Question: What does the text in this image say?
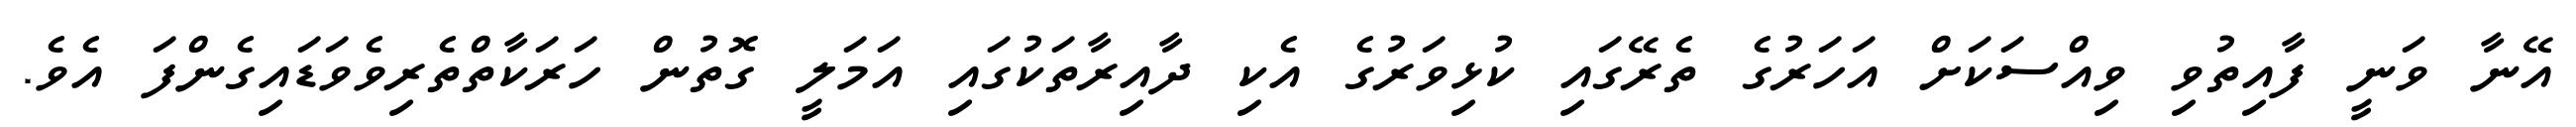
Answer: އޭނާ ވަނީ ފާއިތުވި ވިއްސަކަށް އަހަރުގެ ތެރޭގައި ކުޅިވަރުގެ އެކި ދާއިރާތަކުގައި އަމަލީ ގޮތުން ހަރަކާތްތެރިވެވަޑައިގެންފަ އެވެ.